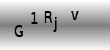
Text: G1Rjv